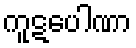
ကူဋပေါဏာ